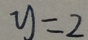
y = 2